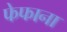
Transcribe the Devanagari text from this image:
फेफाना